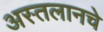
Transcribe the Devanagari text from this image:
अस्तलानचे